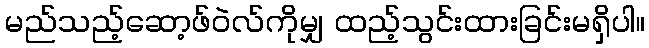
မည်သည့်ဆော့ဖ်ဝဲလ်ကိုမျှ ထည့်သွင်းထားခြင်းမရှိပါ။